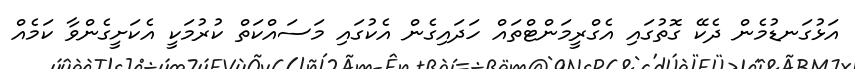
އަޅުގަނޑުމެން ދެކޭ ގޮތުގައި އެގްރީމަންޓްތައް ހަދައިގެން އެކުގައި މަސައްކަތް ކުރުމަކީ އެކަށީގެންވާ ކަމެއް